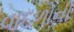
વાદળોની